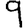
Digit: 9